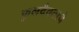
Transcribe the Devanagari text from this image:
कुलदैवताचे